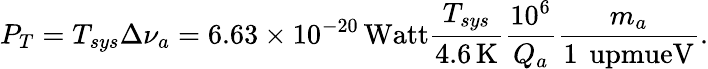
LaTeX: P_{T}=T_{sys}\Delta\nu_{a}=6.63\times 10^{-20}\, \mathrm{Watt}\frac{T_{sys}}{4.6\, \mathrm{K}}\frac{10^{6}}{Q_{a}}\frac{m_{a}}{1\, \mathrm{\ upmueV}}.